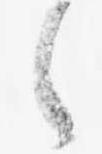
々